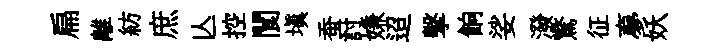
扁離紡庶亾控閬塡蚕討嫌迢擊餉娑潑驚征夣妖